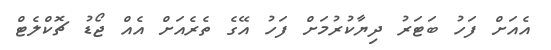
އެއަށް ފަހު ބަޓަރު ދިޔާކުރުމަށް ފަހު އޭގެ ތެރެއަށް އެއް ޖޯޑު ޗޮކްލެޓް